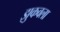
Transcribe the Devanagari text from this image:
झुकवला